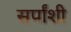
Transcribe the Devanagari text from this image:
सर्पांशी